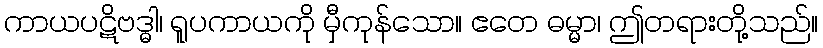
ကာယပဋိဗဒ္ဓါ၊ ရူပကာယကို မှီကုန်သော။ ဧတေ ဓမ္မာ၊ ဤတရားတို့သည်။